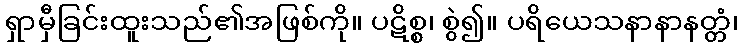
ရှာမှီခြင်းထူးသည်၏အဖြစ်ကို။ ပဋိစ္စ၊ စွဲ၍။ ပရိယေသနာနာနတ္တံ၊